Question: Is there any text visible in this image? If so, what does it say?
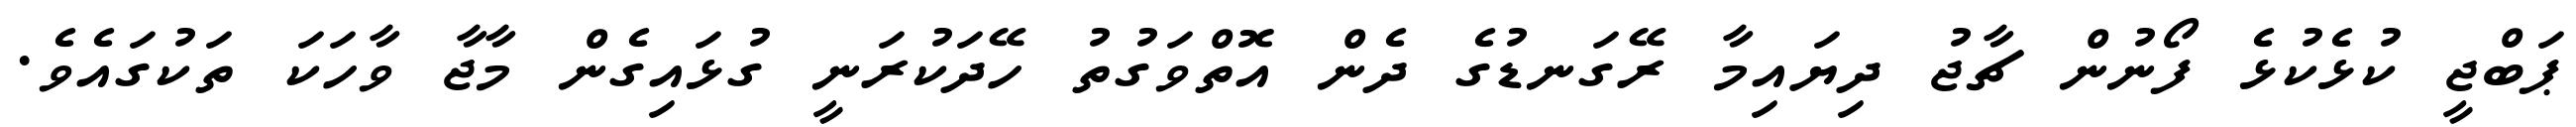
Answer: ޕަބްޖީ ކުޅެކުޅެ ފޯނުން ޗާޖު ދިޔައިމާ ރޭގަނޑުގެ ދެން އޮތްވަގުތު ހޭދަކުރަނީ ގުޅައިގެން މާޖާ ވާހަކަ ތަކުގައެވެ.